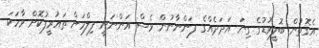
އެގޮތުން ބޮލީވުޑުގެ ގިނަ އަދަދެއްގެ ފަންނާނުން ވެސް އަންނަނީ ފިލްމަށް ތައުރީފުކޮށް ވާހަކަ